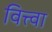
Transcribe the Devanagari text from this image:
वित्त्वा